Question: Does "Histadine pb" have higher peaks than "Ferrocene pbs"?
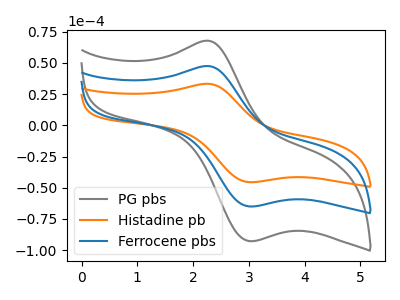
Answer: <think>The gray curve "PG pbs" has an anodic peak at (2.25V, 94.95uA) and a cathodic peak at (3.00V, -129.95uA). The orange curve "Histadine pb" has an anodic peak at (2.25V, 33.25uA) and a cathodic peak at (3.00V, -45.55uA). The blue curve "Ferrocene pbs" has an anodic peak at (2.25V, 47.50uA) and a cathodic peak at (3.00V, -65.00uA).</think>
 <answer>Every peak in "Histadine pb" is lower than every peak in "Ferrocene pbs".</answer>
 <eval>lower</eval>